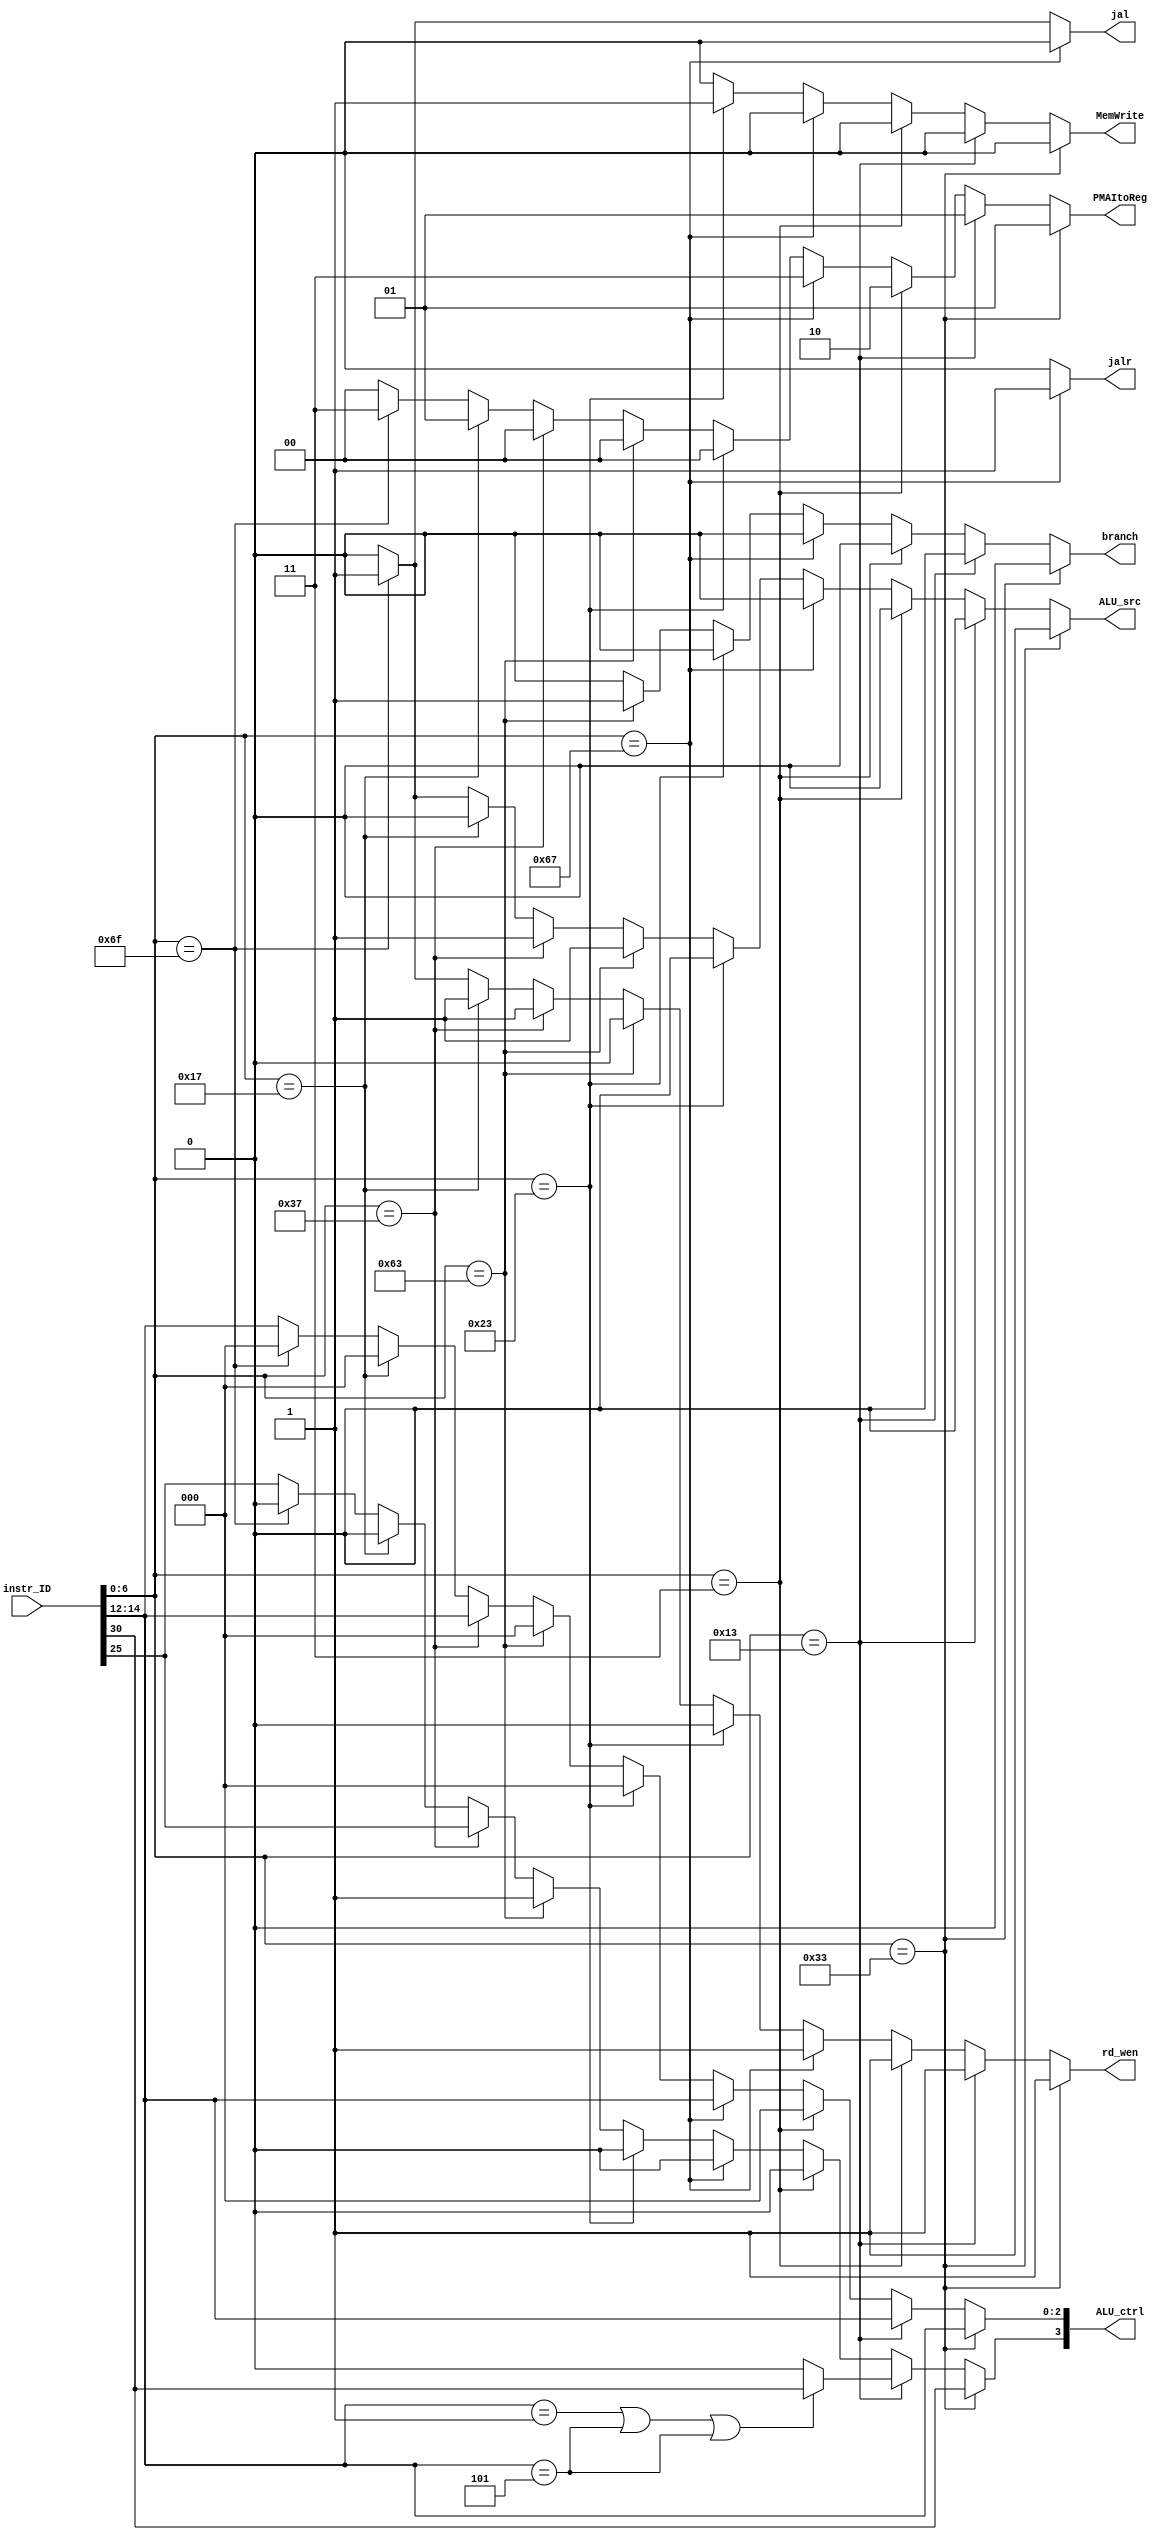
// `include "Def.v"
// OPCODE
`define R_TYPE        7'b0110011
`define I_TYPE_OP_IMM 7'b0010011
`define I_TYPE_LOAD   7'b0000011
`define S_TYPE        7'b0100011
`define B_TYPE        7'b1100011
`define J_TYPE        7'b1101111
`define I_TYPE_JALR   7'b1100111
`define U_TYPE_LUI    7'b0110111
`define U_TYPE_AUIPC  7'b0010111

// FUNCT3
// R_TYPE
`define FUNCT3_ADD  3'h0
`define FUNCT3_SUB  3'h0
`define FUNCT3_XOR  3'h4
`define FUNCT3_OR   3'h6
`define FUNCT3_AND  3'h7
`define FUNCT3_SLL  3'h1
`define FUNCT3_SRL  3'h5
`define FUNCT3_SRA  3'h5
`define FUNCT3_SLT  3'h2
`define FUNCT3_SLTU 3'h3
// I_TYPE_OP_IMM
`define FUNCT3_ADDI  3'h0
`define FUNCT3_XORI  3'h4
`define FUNCT3_ORI   3'h6
`define FUNCT3_ANDI  3'h7
`define FUNCT3_SLLI  3'h1
`define FUNCT3_SRLI  3'h5
`define FUNCT3_SRAI  3'h5
`define FUNCT3_SLTI  3'h2
`define FUNCT3_SLTIU 3'h3
// I_TYPE_LOAD
`define FUNCT3_LB  3'h0
`define FUNCT3_LH  3'h1
`define FUNCT3_LW  3'h2
`define FUNCT3_LBU 3'h4
`define FUNCT3_LHU 3'h5
// S_TYPE
`define FUNCT3_SB 3'h0
`define FUNCT3_SH 3'h1
`define FUNCT3_SW 3'h2
// B_TYPE
`define FUNCT3_BEQ  3'h0
`define FUNCT3_BNE  3'h1
`define FUNCT3_BLT  3'h4
`define FUNCT3_BGE  3'h5
`define FUNCT3_BLTU 3'h6
`define FUNCT3_BGEU 3'h7
// J_TYPE
`define FUNCT3_JAL  3'h0  // no funct3
// I_TYPE_JALR
`define FUNCT3_JALR 3'h0
// U_TYPE_LUI
`define FUNCT3_LUI   3'h0 // no funct3
// U_TYPE_AUIPC
`define FUNCT3_AUIPC 3'h0 // no funct3

// FUNCT7
// R_TYPE
`define FUNCT7_ADD  7'h00
`define FUNCT7_SUB  7'h20
`define FUNCT7_XOR  7'h00
`define FUNCT7_OR   7'h00
`define FUNCT7_AND  7'h00
`define FUNCT7_SLL  7'h00
`define FUNCT7_SRL  7'h00
`define FUNCT7_SRA  7'h20
`define FUNCT7_SLT  7'h00
`define FUNCT7_SLTU 7'h00
// I_TYPE_OP_IMM
`define FUNCT7_ADDI  7'h00 // no funct7
`define FUNCT7_XORI  7'h00 // no funct7
`define FUNCT7_ORI   7'h00 // no funct7
`define FUNCT7_ANDI  7'h00 // no funct7
`define FUNCT7_SLLI  7'h00
`define FUNCT7_SRLI  7'h00
`define FUNCT7_SRAI  7'h20
`define FUNCT7_SLTI  7'h00 // no funct7
`define FUNCT7_SLTIU 7'h00 // no funct7
// I_TYPE_LOAD
`define FUNCT7_LB  7'h00   // no funct7
`define FUNCT7_LH  7'h00   // no funct7
`define FUNCT7_LW  7'h00   // no funct7
`define FUNCT7_LBU 7'h00   // no funct7
`define FUNCT7_LHU 7'h00   // no funct7
// S_TYPE
`define FUNCT7_SB 7'h00    // no funct7
`define FUNCT7_SH 7'h00    // no funct7
`define FUNCT7_SW 7'h00    // no funct7
// B_TYPE
`define FUNCT7_BEQ  7'h00  // no funct7
`define FUNCT7_BNE  7'h00  // no funct7
`define FUNCT7_BLT  7'h00  // no funct7
`define FUNCT7_BGE  7'h00  // no funct7
`define FUNCT7_BLTU 7'h00  // no funct7
`define FUNCT7_BGEU 7'h00  // no funct7
// J_TYPE
`define FUNCT7_JAL  7'h00  // no funct7
// I_TYPE_JALR
`define FUNCT7_JALR 7'h00  // no funct7
// U_TYPE_LUI
`define FUNCT7_LUI   7'h00 // no funct7
// U_TYPE_AUIPC
`define FUNCT7_AUIPC 7'h00 // no funct7
module control_unit(
    input [31:0] instr_ID,

    // EX ouput
    output reg ALU_src, // 1: read rs2, 0: read imm
    output reg [3:0] ALU_ctrl,

    // M
    output reg branch,
    output reg MemWrite,
    // output MemRead,
    output reg jal,
    output reg jalr,

    // RB
    output reg [1:0] PMAItoReg, // 11: PC, 10: Mem, 01: Alu, 00: Imm
    output reg rd_wen
);

wire [6:0] opcode;
wire [2:0] funct3;
wire [6:0] funct7;

assign opcode = instr_ID[6:0];
assign funct3 = instr_ID[14:12];
assign funct7 = instr_ID[31:25];

reg state, state_n;

wire r_type;
wire i_type;
wire i_type_load;
wire i_type_jalr;
wire s_type;
wire b_type;
wire u_type_lui;
wire u_type_auipc;
wire j_type;

assign r_type		= (opcode == `R_TYPE);
assign i_type		= (opcode == `I_TYPE_OP_IMM);
assign i_type_load	= (opcode == `I_TYPE_LOAD);
assign i_type_jalr	= (opcode == `I_TYPE_JALR);
assign s_type		= (opcode == `S_TYPE);
assign b_type		= (opcode == `B_TYPE);
assign u_type_lui	= (opcode == `U_TYPE_LUI);
assign u_type_auipc	= (opcode == `U_TYPE_AUIPC);
assign j_type		= (opcode == `J_TYPE);

always@* begin
    case(1'b1) 
        i_type_jalr: begin
            jal = 0;
            jalr = 1;
        end
        j_type: begin
            jal = 1;
            jalr = 0;
        end
        default: begin
            jal = 0;
            jalr = 0;
        end
    endcase
end

always@* begin
    case(1'b1) 
        r_type: begin 
            ALU_src = 1'b1;
            ALU_ctrl[2:0] = funct3;
            ALU_ctrl[3] = funct7[5];
            branch = 1'b0;
            MemWrite = 1'b0;
            // MemRead = 1'b0;
            PMAItoReg = 2'b01;
            rd_wen = 1'b1;
        end
        i_type: begin 
            ALU_src = 1'b0;
            ALU_ctrl[2:0] = funct3;
            ALU_ctrl[3] = (funct3 == `FUNCT3_SLLI | funct3 == `FUNCT3_SRLI | funct3 == `FUNCT3_SRAI)? funct7[5]:
                          0;
            branch = 1'b0;
            MemWrite = 1'b0;
            // MemRead = 1'b0;
            PMAItoReg = 2'b01;
            rd_wen = 1'b1;
        end
        i_type_load: begin 
            ALU_src = 1'b0;
            ALU_ctrl[2:0] = `FUNCT3_ADD;
            ALU_ctrl[3] = 0;
            branch = 1'b0;
            MemWrite = 1'b0;
            // MemRead = 1'b1;
            PMAItoReg = 2'b10;
            rd_wen = 1'b1;
        end
        i_type_jalr: begin 
            ALU_src = 1'b0;
            ALU_ctrl[2:0] = funct3;
            ALU_ctrl[3] = 0;
            branch = 1'b0;
            MemWrite = 1'b0;
            // MemRead = 1'b0;
            PMAItoReg = 2'b11;
            rd_wen = 1'b1;
        end
        s_type: begin 
            ALU_src = 1'b0;
            ALU_ctrl[2:0] = `FUNCT3_ADD;
            ALU_ctrl[3] = 0;
            branch = 1'b0;
            MemWrite = 1'b1;
            // MemRead = 1'b0;
            PMAItoReg = 2'b00;
            rd_wen = 1'b0;
        end
        b_type: begin 
            ALU_src = 1'b1;
            ALU_ctrl[2:0] = `FUNCT3_SUB;
            ALU_ctrl[3] = 1;
            branch = 1'b1;
            MemWrite = 1'b0;
            // MemRead = 1'b0;
            PMAItoReg = 2'b00;
            rd_wen = 1'b0;
        end
        u_type_lui: begin // no ALU passing
            ALU_src = 1'b1;
            ALU_ctrl[2:0] = funct3;
            ALU_ctrl[3] = funct7;
            branch = 1'b0;
            MemWrite = 1'b0;
            // MemRead = 1'b0;
            PMAItoReg = 2'b00;
            rd_wen = 1'b1;
        end
        u_type_auipc: begin 
            ALU_src = 1'b0;
            ALU_ctrl[2:0] = `FUNCT3_ADD;
            ALU_ctrl[3] = 0;
            branch = 1'b0;
            MemWrite = 1'b0;
            // MemRead = 1'b0;
            PMAItoReg = 2'b01;
            rd_wen = 1'b1;
        end
        j_type: begin 
            ALU_src = 1'b1;
            ALU_ctrl[2:0] = `FUNCT3_ADD;
            ALU_ctrl[3] = 0;
            branch = 1'b0;
            MemWrite = 1'b0;
            // MemRead = 1'b0;
            PMAItoReg = 2'b11;
            rd_wen = 1'b1;
        end
        default: begin 
            ALU_src = 1'b0;
            ALU_ctrl[2:0] = funct3;
            ALU_ctrl[3] = funct7;
            branch = 1'b0;
            MemWrite = 1'b0;
            // MemRead = 1'b0;
            PMAItoReg = 2'b00;
            rd_wen = 1'b0;
        end
    endcase
end

endmodule